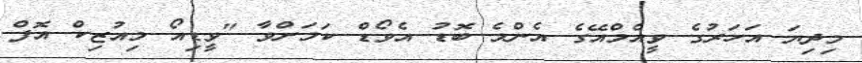
މިދިޔަ އަހަރުގެ ވީއެމްއޭގެ އެންމެ ބޮޑު އެވޯޑް ކަމަށްވާ "ވީޑިއޯ މިއުޒިކް އޮފް